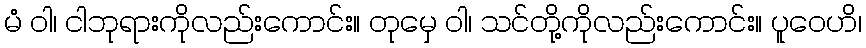
မံ ဝါ၊ ငါဘုရားကိုလည်းကောင်း။ တုမှေ ဝါ၊ သင်တို့ကိုလည်းကောင်း။ ပူဝေဟိ၊